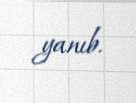
yanıb.